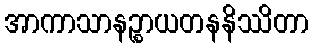
အာကာသာနဉ္စာယတနနိဿိတာ